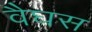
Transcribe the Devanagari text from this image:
वैघस